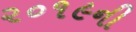
૨૦૧૯ની